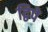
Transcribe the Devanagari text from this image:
द्विपे